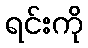
ရင်းကို